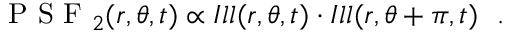
\textrm { P S F } _ { 2 } ( r , \theta , t ) \propto I l l ( r , \theta , t ) \cdot I l l ( r , \theta + \pi , t ) \ \ .